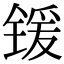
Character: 锾